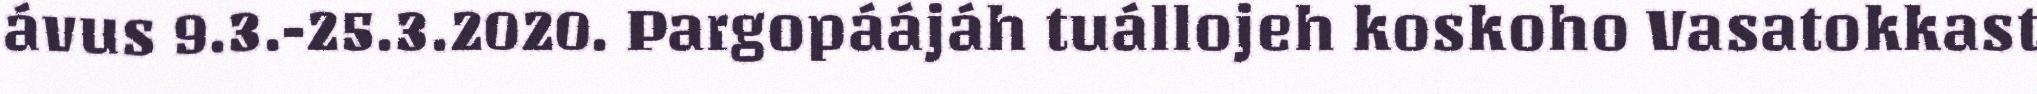
ávus 9.3.-25.3.2020. Pargopáájáh tuállojeh koskoho Vasatokkast